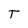
Character: T